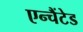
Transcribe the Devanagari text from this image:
एन्चैंटेड